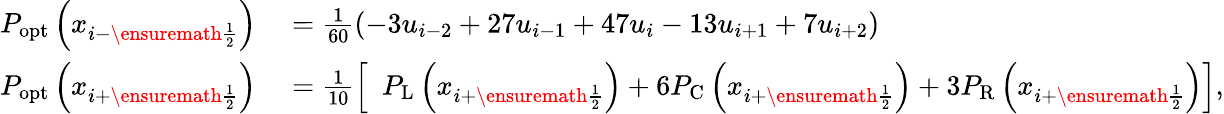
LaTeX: \begin{array}{rl}{P_{\mathrm{opt}}\left(x_{i-\ensuremath{{\frac{1}{2}}}}\right)}&{{}=\frac{1}{60}(-3u_{i-2}+27u_{i-1}+47u_{i}-13u_{i+1}+7u_{i+2})}\\ {P_{\mathrm{opt}}\left(x_{i+\ensuremath{{\frac{1}{2}}}}\right)}&{{}=\frac{1}{10}\left[\phantom{1}P_{\mathrm{L}}\left(x_{i+\ensuremath{{\frac{1}{2}}}}\right)+6P_{\mathrm{C}}\left(x_{i+\ensuremath{{\frac{1}{2}}}}\right)+3P_{\mathrm{R}}\left(x_{i+\ensuremath{{\frac{1}{2}}}}\right)\right],}\end{array}